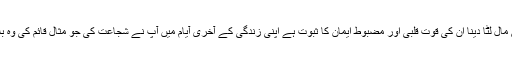
اسلام کی خاطر ان کا بے دریغ مال لٹا دینا ان کی قوت قلبی اور مضبوط ایمان کا ثبوت ہے اپنی زندگی کے آخری آیام میں آپ نے شجاعت کی جو مثال قائم کی وہ بلا شبہہ بے مثال کارنامہ ہے ۔